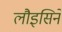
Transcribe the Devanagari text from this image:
लौइसिने